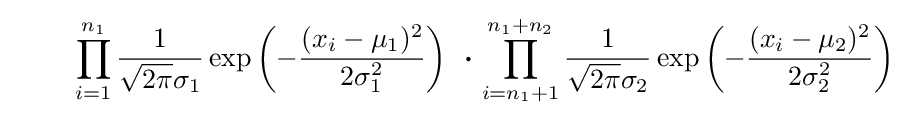
\;\;\;\;\;\;\;\;\prod _{i=1}^{n_{1}}{\frac {1}{{\sqrt {2\pi }}\sigma _{1}}}\exp \left(-{\frac {(x_{i}-\mu _{1})^{2}}{2\sigma _{1}^{2}}}\right)\;\,{\boldsymbol {\cdot }}\,\prod _{i=n_{1}+1}^{n_{1}+n_{2}}{\frac {1}{{\sqrt {2\pi }}\sigma _{2}}}\exp \left(-{\frac {(x_{i}-\mu _{2})^{2}}{2\sigma _{2}^{2}}}\right)